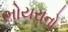
ભોયરાનો